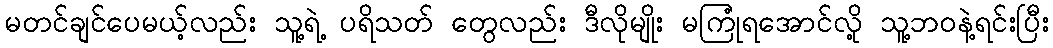
မတင်ချင်ပေမယ့်လည်း သူ့ရဲ့ ပရိသတ် တွေလည်း ဒီလိုမျိုး မကြုံရအောင်လို့ သူ့ဘဝနဲ့ရင်းပြီး